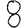
Digit: 8